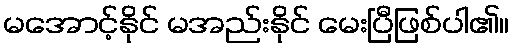
မအောင့်နိုင် မအည်းနိုင် မေးပြီဖြစ်ပါ၏။